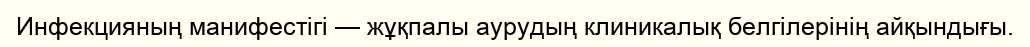
Инфекцияның манифестігі — жұқпалы аурудың клиникалық белгілерінің айқындығы.